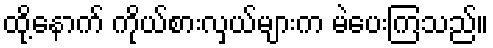
ထို့နောက် ကိုယ်စားလှယ်များက မဲပေးကြသည်။